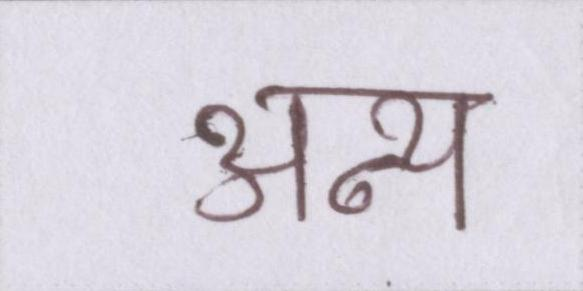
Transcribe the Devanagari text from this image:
अन्य